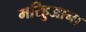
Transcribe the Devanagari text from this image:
मरिहुआना